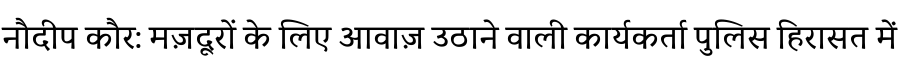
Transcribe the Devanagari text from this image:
नौदीप कौर: मज़दूरों के लिए आवाज़ उठाने वाली कार्यकर्ता पुलिस हिरासत में